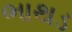
ભાથડ